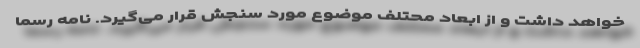
خواهد داشت و از ابعاد محتلف موضوع مورد سنجش قرار می‌گیرد. نامه رسما